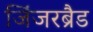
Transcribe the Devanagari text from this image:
जिंजरब्रैड